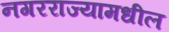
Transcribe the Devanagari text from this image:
नगरराज्यामधील